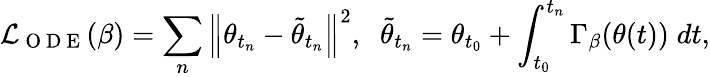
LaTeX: \mathcal{L}_{\mathrm{~O~D~E~}}(\beta)=\sum_{n}\left\| \theta_{t_{n}}-\tilde{\theta}_{t_{n}}\right\| ^{2},\; \; \tilde{\theta}_{t_{n}}=\theta_{t_{0}}+\int_{t_{0}}^{t_{n}}\Gamma_{\beta}(\theta(t))\; dt,